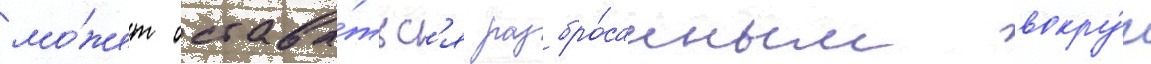
мо́жет остава́тьс'я разбро́санным вокру́г